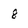
Character: 8